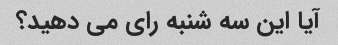
آیا این سه شنبه رای می دهید؟